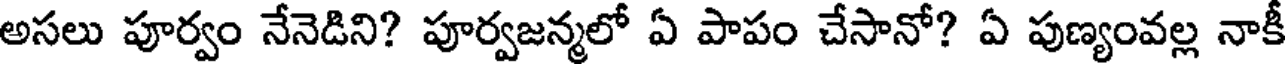
అసలు పూర్వం నేనెడిని? పూర్వజన్మలో ఏ పాపం చేసానో? ఏ పుణ్యంవల్ల నాకీ